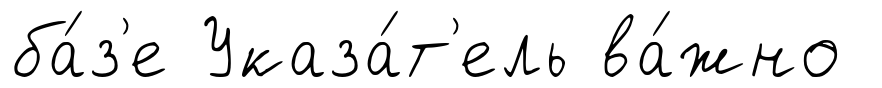
ба́з'е Указа́т'ель ва́жно